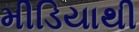
મીડિયાથી